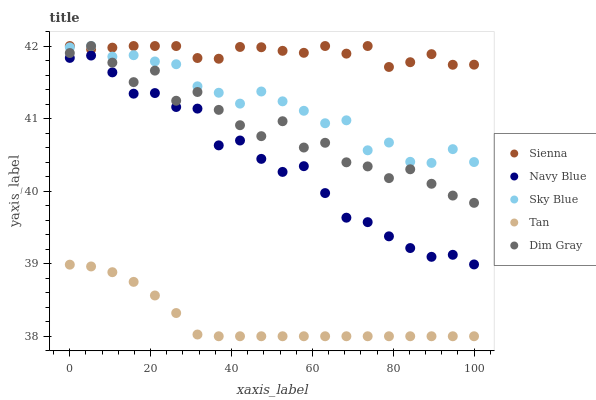
| xaxis_label | Sienna | Navy Blue | Sky Blue | Tan | Dim Gray |
 | --- | --- | --- | --- | --- | --- |
 | 0 | 42 | 41.8 | 42 | 39 | 41.9 |
 | 5.26 | 42 | 41.9 | 42 | 39 | 42 |
 | 10.5 | 42 | 41.6 | 41.9 | 38.9 | 41.8 |
 | 15.8 | 42 | 41.3 | 41.9 | 38.7 | 41.5 |
 | 21.1 | 42 | 41.4 | 41.8 | 38.6 | 41.7 |
 | 26.3 | 42 | 41.2 | 41.7 | 38.3 | 41.2 |
 | 31.6 | 41.8 | 41.1 | 41.4 | 38 | 41.4 |
 | 36.8 | 41.8 | 40.6 | 41.4 | 38 | 41.1 |
 | 42.1 | 42 | 40.7 | 41.2 | 38 | 40.9 |
 | 47.4 | 42 | 40.4 | 41.4 | 38 | 40.8 |
 | 52.6 | 41.9 | 40.3 | 41.2 | 38 | 41 |
 | 57.9 | 41.9 | 40.3 | 41.1 | 38 | 40.6 |
 | 63.2 | 42 | 40 | 40.9 | 38 | 40.7 |
 | 68.4 | 41.9 | 39.6 | 41 | 38 | 40.4 |
 | 73.7 | 42 | 39.6 | 40.6 | 38 | 40.3 |
 | 78.9 | 41.7 | 39.4 | 40.7 | 38 | 40.2 |
 | 84.2 | 41.8 | 39.2 | 40.4 | 38 | 40.3 |
 | 89.5 | 41.9 | 39.1 | 40.4 | 38 | 40.1 |
 | 94.7 | 41.7 | 39.1 | 40.6 | 38 | 39.9 |
 | 100 | 41.7 | 39 | 40.4 | 38 | 39.8 |